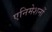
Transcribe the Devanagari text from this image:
एनिमेशनों